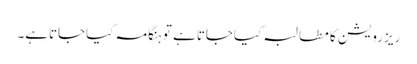
ریزرویشن کا مطالبہ کیاجاتاہے تو ہنگامہ کیاجاتاہے۔